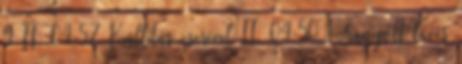
9 II. 04:57 Kiállítás cserével II. 04:50 Kihagyott lövés